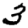
Digit: 3